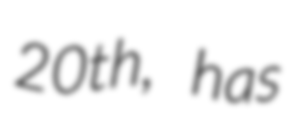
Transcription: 20th, has